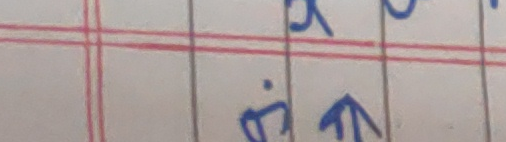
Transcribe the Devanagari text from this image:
बिहेत